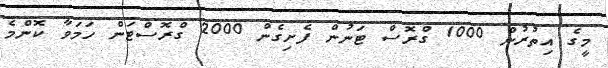
މީގެ އިތުރުން 1000 ގްރޮސް ޓަނުން ފެށިގެން 2000 ގްރޮސްޓަން ހަމަވާ ކޮންމެ